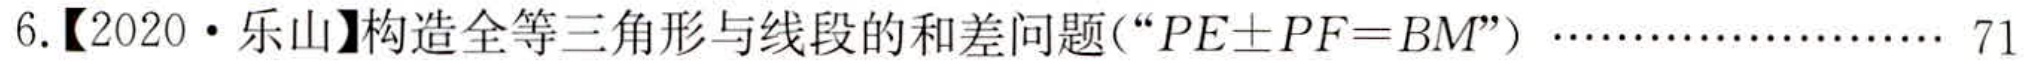
6.【2020·乐山】构造全等三角形与线段的和差问题(“\(PE\pm PF = BM\)”) ………………… 71